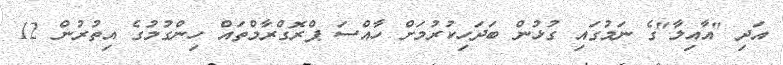
އަދި "އާއިލާ"ގެ ނަމުގައި ގުޅުން ބަދަހިކުރުމަށް ހާއްސަ ޕްރޮގްރާމްތައް ހިންގުމުގެ އިތުރުން 12